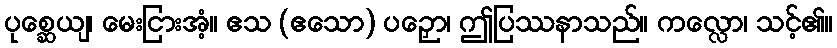
ပုစ္ဆေယျ၊ မေးငြားအံ့။ ဧသ (ဧသော) ပဉှော၊ ဤပြဿနာသည်။ ကလ္လော၊ သင့်၏။